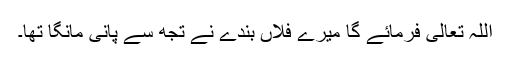
اللہ تعالیٰ فرمائے گا میرے فلاں بندے نے تجھ سے پانی مانگا تھا۔